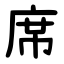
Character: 席